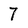
Character: 7